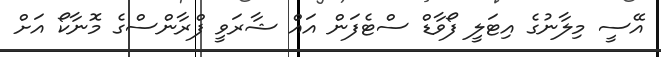
އޭސީ މިލާނުގެ އިޓަލީ ފޯވާޑް ސްޓެފަން އައް ޝާރަވީ ފްރާންސްގެ މޮނާކޯ އަށް